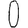
Digit: 0